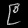
Digit: ၉